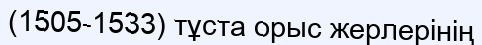
(1505-1533) тұста орыс жерлерінің